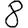
Digit: 8